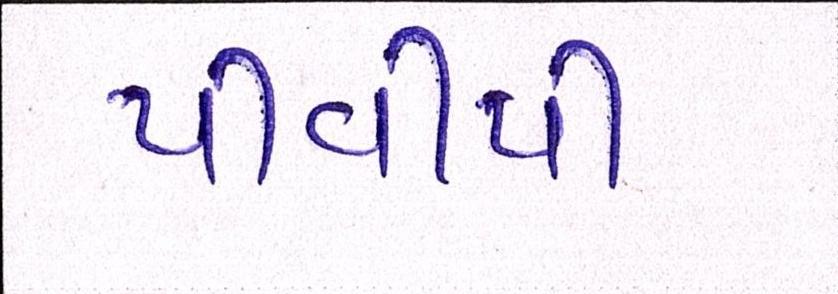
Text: પીવીપી